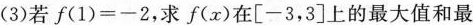
(3)若f(1)=-2，求f(x)在\left[-3，3\right]上的最大值和最